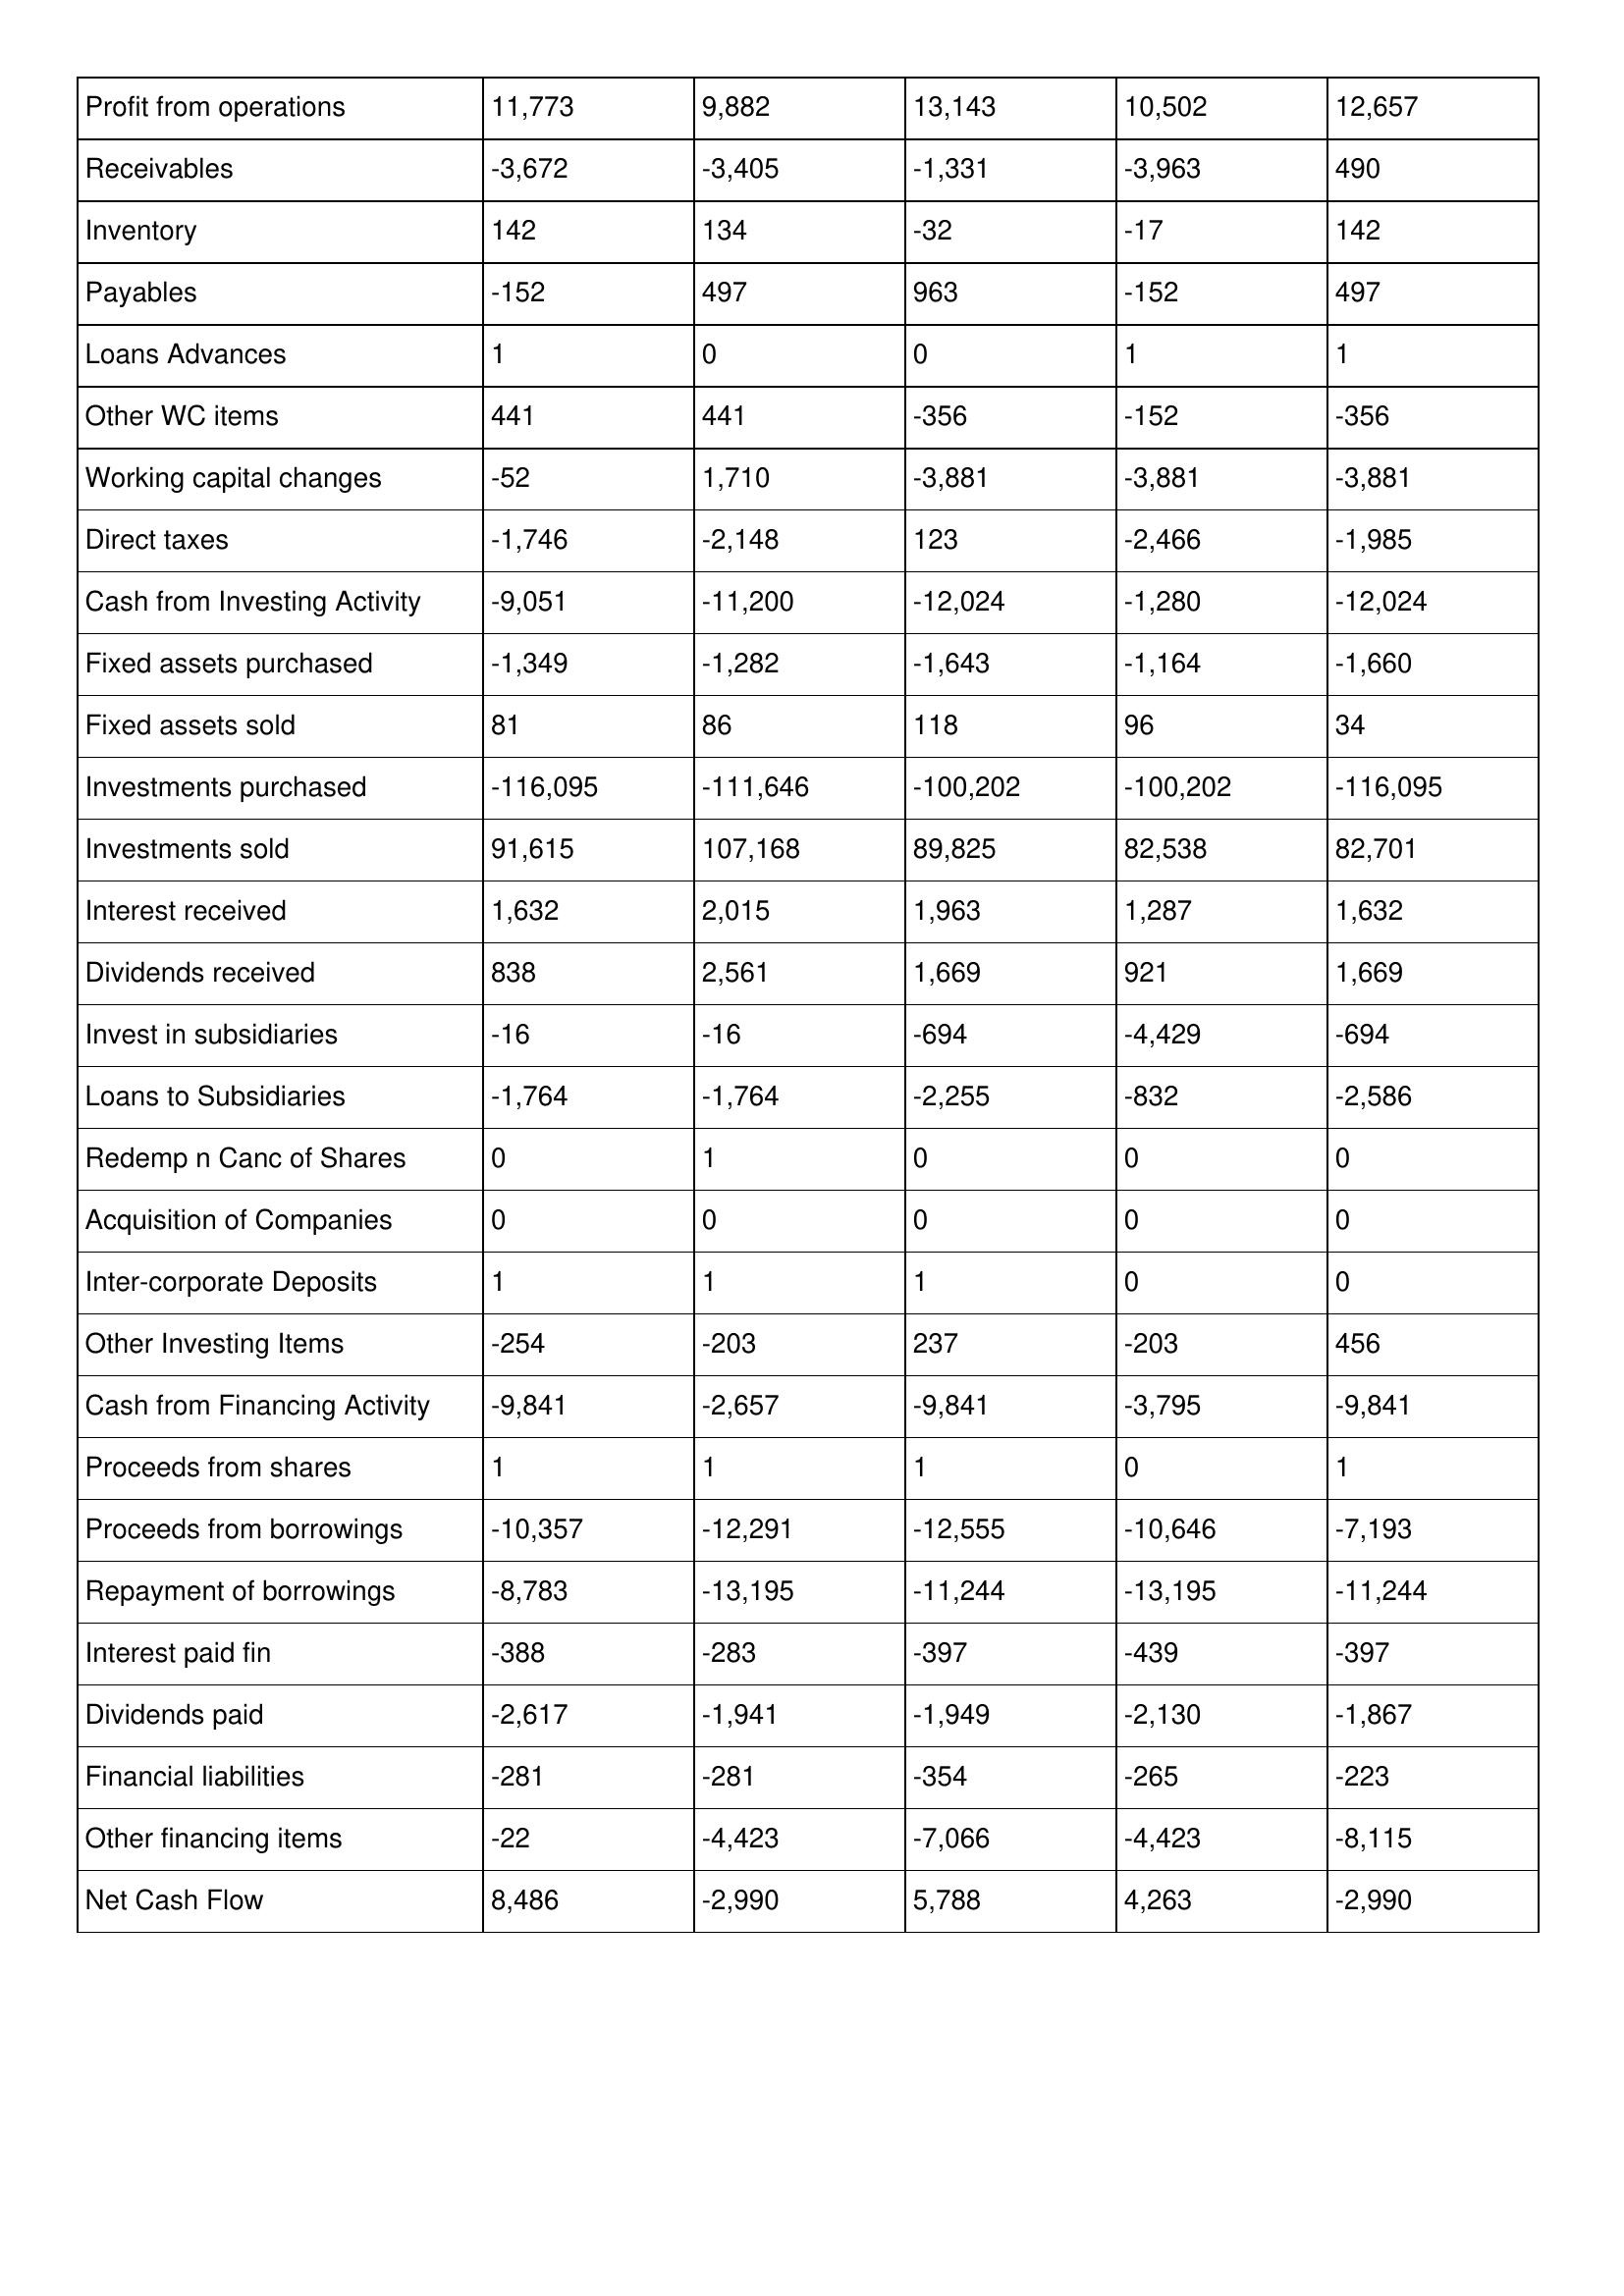
gt_parse: 2012: Cash Flows: Profit from operations: 11,773
Receivables: -3,672
Inventory: 142
Payables: -152
Loans Advances: 1
Other WC items: 441
Working capital changes: -52
Direct taxes: -1,746
Cash from Investing Activity: -9,051
Fixed assets purchased: -1,349
Fixed assets sold: 81
Investments purchased: -116,095
Investments sold: 91,615
Interest received: 1,632
Dividends received: 838
Invest in subsidiaries: -16
Loans to Subsidiaries: -1,764
Redemp n Canc of Shares: 0
Acquisition of Companies: 0
Inter-corporate Deposits: 1
Other Investing Items: -254
Cash from Financing Activity: -9,841
Proceeds from shares: 1
Proceeds from borrowings: -10,357
Repayment of borrowings: -8,783
Interest paid fin: -388
Dividends paid: -2,617
Financial liabilities: -281
Other financing items: -22
Net Cash Flow: 8,486
2011: Cash Flows: Profit from operations: 9,882
Receivables: -3,405
Inventory: 134
Payables: 497
Loans Advances: 0
Other WC items: 441
Working capital changes: 1,710
Direct taxes: -2,148
Cash from Investing Activity: -11,200
Fixed assets purchased: -1,282
Fixed assets sold: 86
Investments purchased: -111,646
Investments sold: 107,168
Interest received: 2,015
Dividends received: 2,561
Invest in subsidiaries: -16
Loans to Subsidiaries: -1,764
Redemp n Canc of Shares: 1
Acquisition of Companies: 0
Inter-corporate Deposits: 1
Other Investing Items: -203
Cash from Financing Activity: -2,657
Proceeds from shares: 1
Proceeds from borrowings: -12,291
Repayment of borrowings: -13,195
Interest paid fin: -283
Dividends paid: -1,941
Financial liabilities: -281
Other financing items: -4,423
Net Cash Flow: -2,990
2010: Cash Flows: Profit from operations: 13,143
Receivables: -1,331
Inventory: -32
Payables: 963
Loans Advances: 0
Other WC items: -356
Working capital changes: -3,881
Direct taxes: 123
Cash from Investing Activity: -12,024
Fixed assets purchased: -1,643
Fixed assets sold: 118
Investments purchased: -100,202
Investments sold: 89,825
Interest received: 1,963
Dividends received: 1,669
Invest in subsidiaries: -694
Loans to Subsidiaries: -2,255
Redemp n Canc of Shares: 0
Acquisition of Companies: 0
Inter-corporate Deposits: 1
Other Investing Items: 237
Cash from Financing Activity: -9,841
Proceeds from shares: 1
Proceeds from borrowings: -12,555
Repayment of borrowings: -11,244
Interest paid fin: -397
Dividends paid: -1,949
Financial liabilities: -354
Other financing items: -7,066
Net Cash Flow: 5,788
2009: Cash Flows: Profit from operations: 10,502
Receivables: -3,963
Inventory: -17
Payables: -152
Loans Advances: 1
Other WC items: -152
Working capital changes: -3,881
Direct taxes: -2,466
Cash from Investing Activity: -1,280
Fixed assets purchased: -1,164
Fixed assets sold: 96
Investments purchased: -100,202
Investments sold: 82,538
Interest received: 1,287
Dividends received: 921
Invest in subsidiaries: -4,429
Loans to Subsidiaries: -832
Redemp n Canc of Shares: 0
Acquisition of Companies: 0
Inter-corporate Deposits: 0
Other Investing Items: -203
Cash from Financing Activity: -3,795
Proceeds from shares: 0
Proceeds from borrowings: -10,646
Repayment of borrowings: -13,195
Interest paid fin: -439
Dividends paid: -2,130
Financial liabilities: -265
Other financing items: -4,423
Net Cash Flow: 4,263
2008: Cash Flows: Profit from operations: 12,657
Receivables: 490
Inventory: 142
Payables: 497
Loans Advances: 1
Other WC items: -356
Working capital changes: -3,881
Direct taxes: -1,985
Cash from Investing Activity: -12,024
Fixed assets purchased: -1,660
Fixed assets sold: 34
Investments purchased: -116,095
Investments sold: 82,701
Interest received: 1,632
Dividends received: 1,669
Invest in subsidiaries: -694
Loans to Subsidiaries: -2,586
Redemp n Canc of Shares: 0
Acquisition of Companies: 0
Inter-corporate Deposits: 0
Other Investing Items: 456
Cash from Financing Activity: -9,841
Proceeds from shares: 1
Proceeds from borrowings: -7,193
Repayment of borrowings: -11,244
Interest paid fin: -397
Dividends paid: -1,867
Financial liabilities: -223
Other financing items: -8,115
Net Cash Flow: -2,990